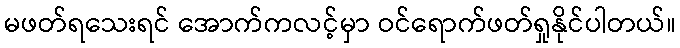
မဖတ်ရသေးရင် အောက်ကလင့်မှာ ဝင်ရောက်ဖတ်ရှုနိုင်ပါတယ်။